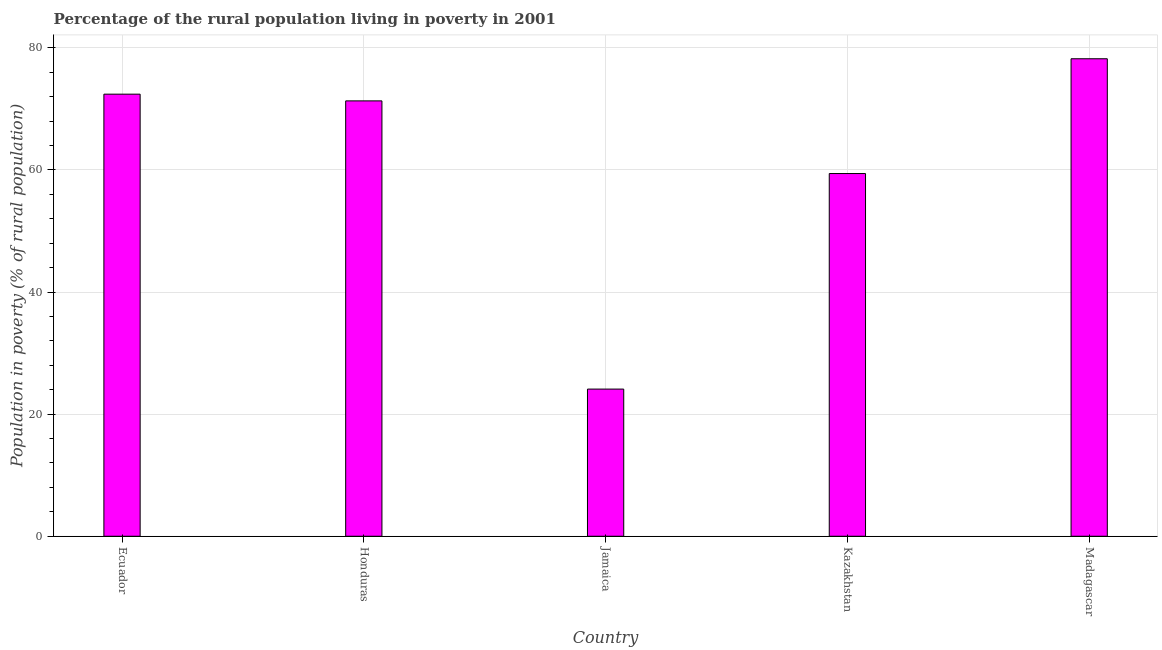
| Country | Rural poverty headcount ratio |
 | --- | --- |
 | Ecuador | 72.4 |
 | Honduras | 71.3 |
 | Jamaica | 24.1 |
 | Kazakhstan | 59.4 |
 | Madagascar | 78.2 |